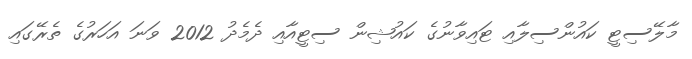
މާލޭސިޓީ ކައުންސިލާއި ޓައިވާނުގެ ކައުޝިން ސިޓީއާއި ދެމެދު 2012 ވަނަ އަހަރުގެ ތެރޭގައި